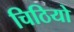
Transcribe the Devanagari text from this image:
चिठियो